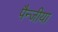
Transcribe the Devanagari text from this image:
पैन्जीया